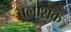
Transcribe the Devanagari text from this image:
बलाशक